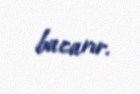
bacarır.